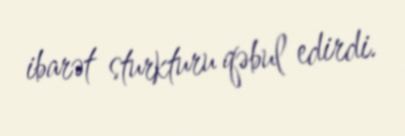
ibarət sturkturu qəbul edirdi.